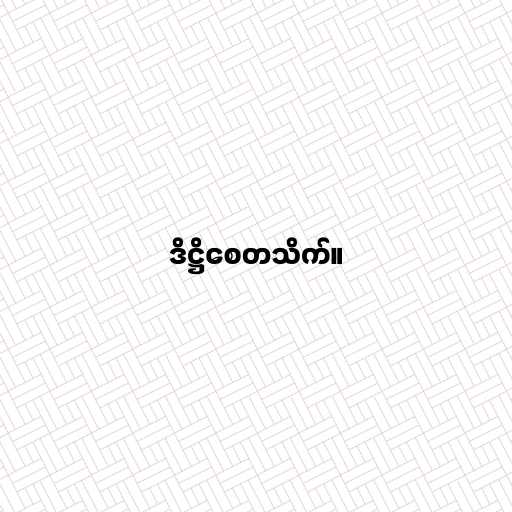
ဒိဋ္ဌိစေတသိက်။